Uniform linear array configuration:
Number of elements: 48
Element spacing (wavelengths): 0.25
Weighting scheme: uniform
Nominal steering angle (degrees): -30
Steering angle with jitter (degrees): -31.392
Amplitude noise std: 0.05
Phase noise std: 0.05

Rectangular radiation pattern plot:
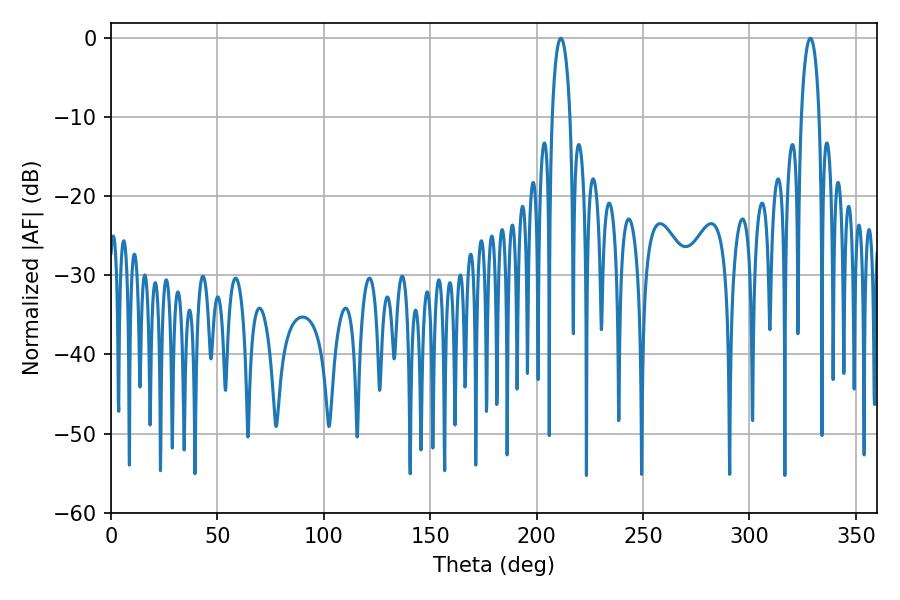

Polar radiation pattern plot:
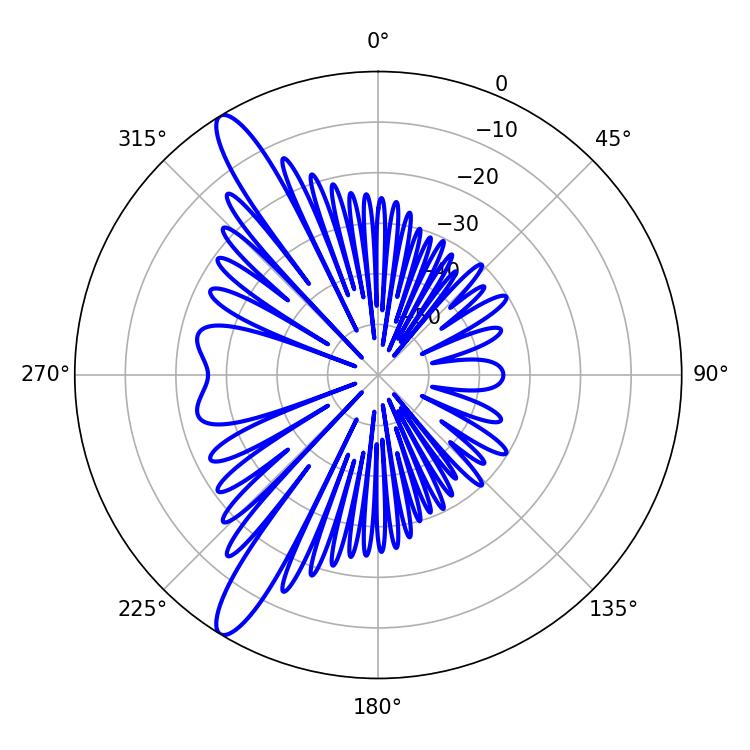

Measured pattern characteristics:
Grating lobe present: FALSE
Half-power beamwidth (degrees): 4.86
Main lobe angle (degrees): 211.32